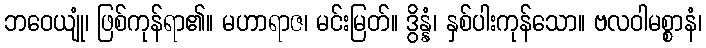
ဘဝေယျုံ၊ ဖြစ်ကုန်ရာ၏။ မဟာရာဇ၊ မင်းမြတ်။ ဒွိန္နံ၊ နှစ်ပါးကုန်သော။ ဗလဝါမစ္စာနံ၊